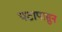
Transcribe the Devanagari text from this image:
पटापासुन